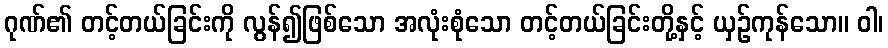
ဂုဏ်၏ တင့်တယ်ခြင်းကို လွန်၍ဖြစ်သော အလုံးစုံသော တင့်တယ်ခြင်းတို့နှင့် ယှဉ်ကုန်သော။ ဝါ၊